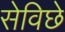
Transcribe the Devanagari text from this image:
सेविछे